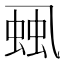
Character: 𧋜